Burma Government Medical School reports 1923-41
Year: 1923
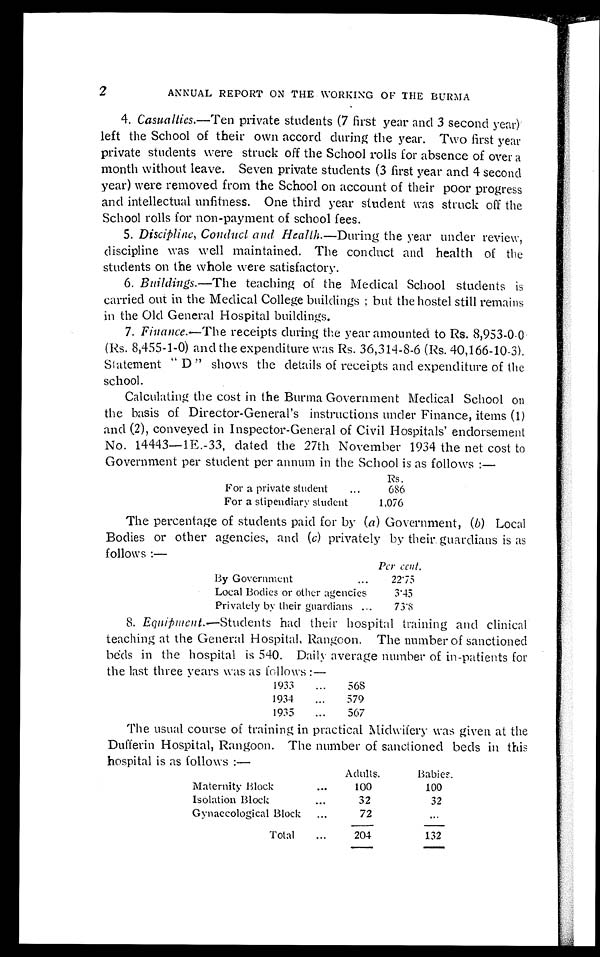
2
ANNUAL REPORT ON THE WORKING OF THE BURMA
4. Casualties .—Ten private students (7 first year and 3 second year)
left the School of their own accord during the year. Two first year
private students were struck off the School rolls for absence of over a
month without leave. Seven private students (3 first year and 4 second
year) were removed from the School on account of their poor progress
and intellectual unfitness. One third year student was struck off the
School rolls for non-payment of school fees.
5. Discipline, Conduct and Health.—During the year under review,
discipline was well maintained. The conduct and health of the
students on the whole were satisfactory.
6. Buildings .—The teaching of the Medical School students is
carried out in the Medical College buildings; but the hostel still remains
in the Old General Hospital buildings.
7. Finance .—The receipts during the year amounted to Rs. 8,953-0-0
(Rs. 8,455-1-0) and the expenditure was Rs. 36,314-8-6 (Rs. 40,166-10-3).
St at ement " D" s hows t he det ai l s of r ecei pt s and expendi t ur e of t he
school.
Calculating the cost in the Burma Government Medical School on
the basis of Director-General's instructions under Finance, items (1)
and (2), conveyed in Inspector-General of Civil Hospitals' endorsement
No. 14443—1E.-33, dated the 27th November 1934 the net cost to
Government per student per annum in the School is as follows:—
Rs.
For a private student . . .
686
For a stipendiary student
1,076
The percentage of students paid for by ( a ) Government, (b) Local
Bodies or other agencies, and ( c ) privately by their guardians is as
follows:—
Per cent.
By Government . . .
22.75
Local Bodies or other agencies
3.45
Privately by their guardians . . .
73.8
8. Equipment .—Students had their hospital training and clinical
teaching at the General Hospital, Rangoon. The number of sanctioned
beds in the hospital is 540. Daily average number of in-patients for
the last three years was as follows:—
1933 . . .
568
1934 . . .
579
1935 . . .
567
The usual course of training in practical Midwifery was given at the
Dufferin Hospital, Rangoon. The number of sanctioned beds in this
hospital is as follows:—
Adults.
Babies.
Maternity Block . . .
100
100
Isolation Block . . .
3 2
3 2
Gynaecological Block . . .
72
. . .
Total . . .
204
132